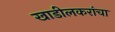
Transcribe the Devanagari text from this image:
खाडीलकरांचा